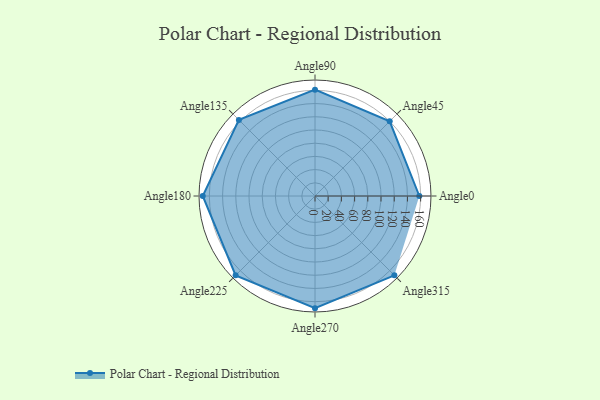
{"axis": {"x": "Angle", "y": "Radius"}, "legend": [""], "data": [{"x": "Angle0", "y": 158.0, "type": ""}, {"x": "Angle45", "y": 160.0, "type": ""}, {"x": "Angle90", "y": 161.0, "type": ""}, {"x": "Angle135", "y": 163.0, "type": ""}, {"x": "Angle180", "y": 170, "type": ""}, {"x": "Angle225", "y": 170, "type": ""}, {"x": "Angle270", "y": 170, "type": ""}, {"x": "Angle315", "y": 170.0, "type": ""}]}